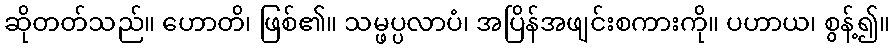
ဆိုတတ်သည်။ ဟောတိ၊ ဖြစ်၏။ သမ္ဖပ္ပလာပံ၊ အပြိန်အဖျင်းစကားကို။ ပဟာယ၊ စွန့်၍။